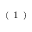
^ \mathrm { ~ ( ~ 1 ~ ) ~ }